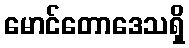
မောင်တောဒေသရှိ